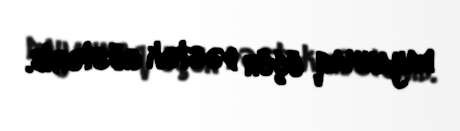
dayanmaq üçün dəstək göstərib.